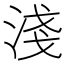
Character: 淺